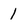
Character: 1